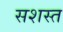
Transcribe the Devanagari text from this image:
सशस्त